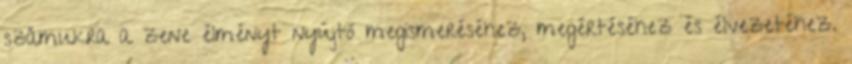
számukra a zene élményt nyújtó megismeréséhez, megértéséhez és élvezetéhez.